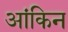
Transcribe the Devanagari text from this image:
आंकिन